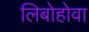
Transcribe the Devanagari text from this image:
लिबोहोवा